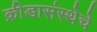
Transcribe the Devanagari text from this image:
क्रीडासंस्थेचे